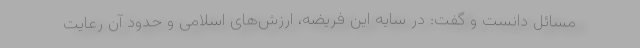
مسائل دانست و گفت: در سایه این فریضه، ارزش‌های اسلامی و حدود آن رعایت